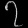
Digit: ၇